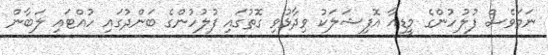
ނަމަވެސް ފުލުހުންގެ މީޑިއާ އޮފިޝަލަކު ވިދާޅުވި ގޮތުގައި ފުލުހުންގެ ބަންދުގައި ހުއްޓައި ލަބާން